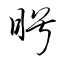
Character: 盻